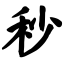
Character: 秒